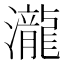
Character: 瀧